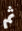
ثم